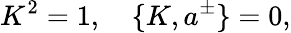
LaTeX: K^{2}=1,\quad\{ K,a^{\pm}\} =0,